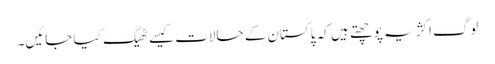
لوگ اکژ یہ پوچھتے ہیں کہ پاکستان کے حالات کیسے ٹھیک کیا جائیں۔